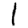
Digit: 1